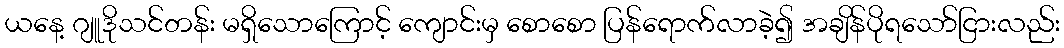
ယနေ့ ဂျူဒိုသင်တန်း မရှိသောကြောင့် ကျောင်းမှ စောစော ပြန်ရောက်လာခဲ့၍ အချိန်ပိုရသော်ငြားလည်း